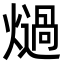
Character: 𭶏